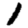
Digit: 1